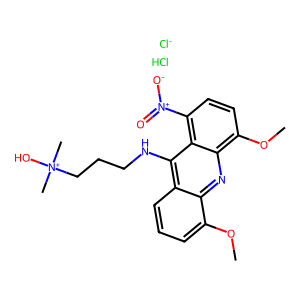
SMILES: COc1cccc2c(NCCC[N+](C)(C)O)c3c([N+](=O)[O-])ccc(OC)c3nc12.Cl.[Cl-]
Inhibits HIV replication: No